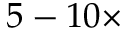
5 - 1 0 \times